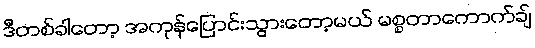
ဒီတစ်ခါတော့ အကုန်ပြောင်းသွားတော့မယ် မစ္စတာကောက်ချ်